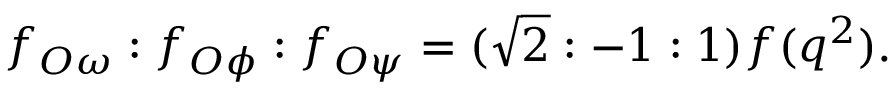
f _ { O \omega } : f _ { O \phi } : f _ { O \psi } = ( \sqrt { 2 } : - 1 : 1 ) f ( q ^ { 2 } ) .